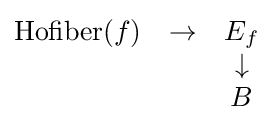
{\begin{matrix}{\text{Hofiber}}(f)&\to &E_{f}\\&&\downarrow \\&&B\end{matrix}}